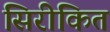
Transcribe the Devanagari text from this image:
सिरीकित